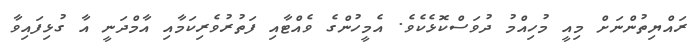
ރައްޔިތުންނަށް މިއީ މުހިއްމު ދުވަސްކޮޅެކެވެ. އެމީހުންގެ ވެއްޓާއި ފަތުރުވެރިކަމާއި އާމްދަނީ އާ ގުޅިފައިވާ